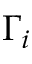
\Gamma _ { i }